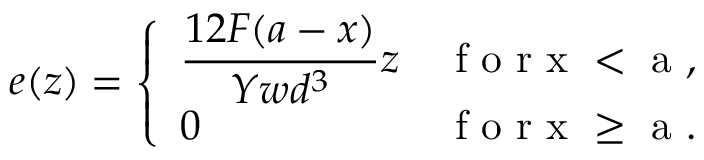
e ( z ) = \left\{ \begin{array} { l l } { \displaystyle { \frac { 1 2 F ( a - x ) } { Y w d ^ { 3 } } z } } & { \mathrm { ~ f ~ o ~ r ~ x ~ < ~ a ~ , ~ } } \\ { 0 } & { \mathrm { ~ f ~ o ~ r ~ x ~ \geq ~ a ~ . ~ } } \end{array} \right.